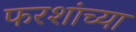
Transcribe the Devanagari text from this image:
फरशांच्या